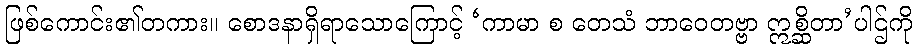
ဖြစ်ကောင်း၏တကား။ စောဒနာရှိရာသောကြောင့် ‘ကာမာ စ တေသံ ဘာဝေတဗ္ဗာ ဣစ္ဆိတာ’ပါဌ်ကို